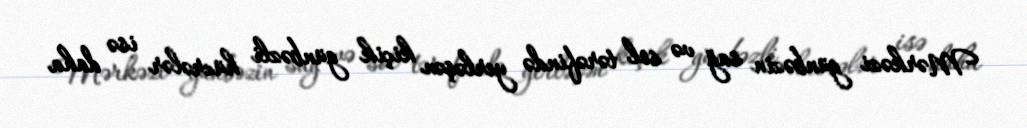
Mərkəzi günbəzin sağ və sol tərəfində yerləşən kiçik günbəzli hücrələr isə daha